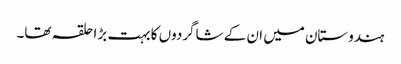
ہندوستان میں ان کے شاگردوں کا بہت بڑا حلقہ تھا۔